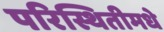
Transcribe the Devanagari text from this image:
परिस्थितीमधे